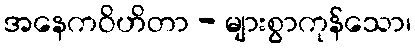
အနေကဝိဟိတာ - များစွာကုန်သော၊